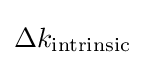
\Delta k_{\mathrm {intrinsic} }